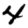
Digit: 4